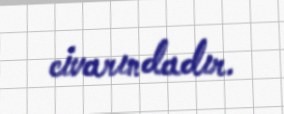
civarındadır.